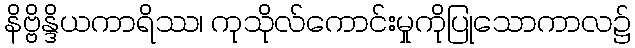
နိဗ္ဗိန္ဒိယကာရိဿ၊ ကုသိုလ်ကောင်းမှုကိုပြုသောကာလ၌